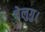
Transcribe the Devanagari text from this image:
तेलुगु।